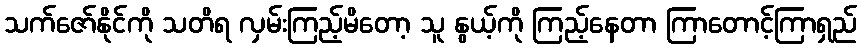
သက်ဇော်နိုင်ကို သတိရ လှမ်းကြည့်မိတော့ သူ နွယ့်ကို ကြည့်နေတာ ကြာတောင့်ကြာရှည်